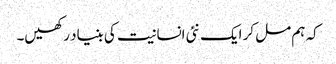
کہ ہم مل کر ایک نئی انسانیت کی بنیاد رکھیں۔